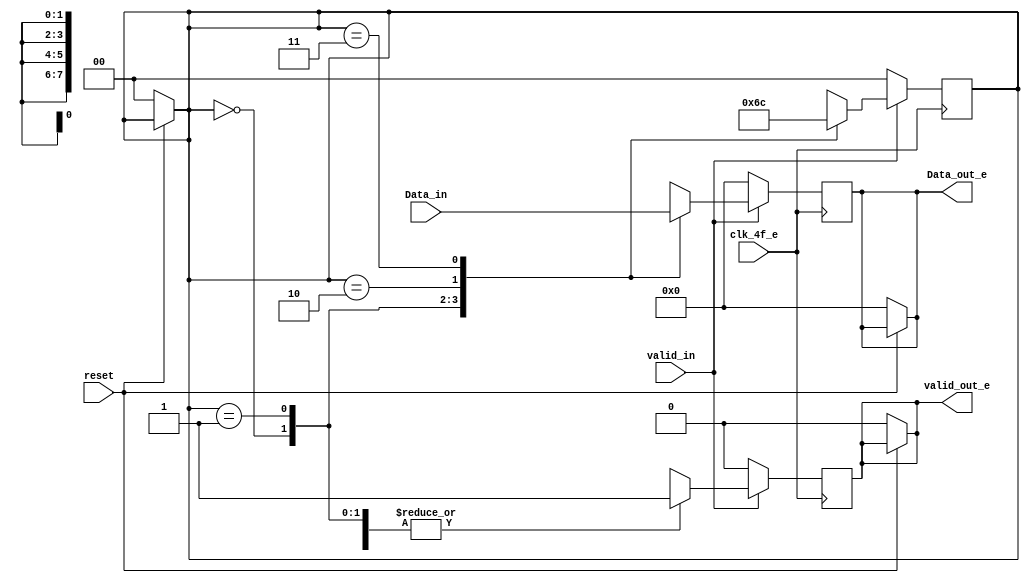
/* Generated by Yosys 0.9 (git sha1 1979e0b) */

(* top =  1  *)
(* src = "word32_8bits_e.v:1" *)
module word32_8bits_e(clk_4f_e, reset, valid_in, Data_in, valid_out_e, Data_out_e);
  (* src = "word32_8bits_e.v:11" *)
  reg [7:0] _0_;
  (* src = "word32_8bits_e.v:11" *)
  reg [1:0] _1_;
  (* src = "word32_8bits_e.v:11" *)
  reg _2_;
  (* src = "word32_8bits_e.v:19" *)
  reg [7:0] _3_;
  (* src = "word32_8bits_e.v:19" *)
  reg [1:0] _4_;
  (* src = "word32_8bits_e.v:19" *)
  reg _5_;
  (* src = "word32_8bits_e.v:12" *)
  wire _6_;
  (* src = "word32_8bits_e.v:5" *)
  input [31:0] Data_in;
  (* src = "word32_8bits_e.v:7" *)
  output [7:0] Data_out_e;
  reg [7:0] Data_out_e;
  (* src = "word32_8bits_e.v:2" *)
  input clk_4f_e;
  (* src = "word32_8bits_e.v:9" *)
  reg [1:0] contador;
  (* src = "word32_8bits_e.v:3" *)
  input reset;
  (* src = "word32_8bits_e.v:4" *)
  input valid_in;
  (* src = "word32_8bits_e.v:6" *)
  output valid_out_e;
  reg valid_out_e;
  assign _6_ = ~(* src = "word32_8bits_e.v:12" *) reset;
  always @* begin
    _1_ = contador;
    _2_ = valid_out_e;
    _0_ = Data_out_e;
    (* src = "word32_8bits_e.v:12" *)
    casez (_6_)
      /* src = "word32_8bits_e.v:12" */
      1'h1:
        begin
          _1_ = 2'h0;
          _2_ = 1'h0;
          _0_ = 8'h00;
        end
      default:
          /* empty */;
    endcase
  end
  always @* begin
      contador <= _1_;
      valid_out_e <= _2_;
      Data_out_e <= _0_;
  end
  always @* begin
    _4_ = contador;
    _5_ = valid_out_e;
    _3_ = Data_out_e;
    (* src = "word32_8bits_e.v:20" *)
    casez (valid_in)
      /* src = "word32_8bits_e.v:20" */
      1'h1:
          (* src = "word32_8bits_e.v:21" *)
          casez (contador)
            /* src = "word32_8bits_e.v:22" */
            2'h0:
              begin
                _3_ = Data_in[31:24];
                _4_ = 2'h1;
                _5_ = 1'h1;
              end
            /* src = "word32_8bits_e.v:28" */
            2'h1:
              begin
                _3_ = Data_in[23:16];
                _4_ = 2'h2;
                _5_ = 1'h1;
              end
            /* src = "word32_8bits_e.v:34" */
            2'h2:
              begin
                _3_ = Data_in[15:8];
                _4_ = 2'h3;
                _5_ = 1'h1;
              end
            /* src = "word32_8bits_e.v:40" */
            2'h3:
              begin
                _3_ = Data_in[7:0];
                _4_ = 2'h0;
                _5_ = 1'h1;
              end
            default:
                /* empty */;
          endcase
      /* src = "word32_8bits_e.v:48" */
      default:
        begin
          _4_ = 2'h0;
          _5_ = 1'h0;
          _3_ = 8'h00;
        end
    endcase
  end
  always @(posedge clk_4f_e) begin
      contador <= _4_;
      valid_out_e <= _5_;
      Data_out_e <= _3_;
  end
endmodule